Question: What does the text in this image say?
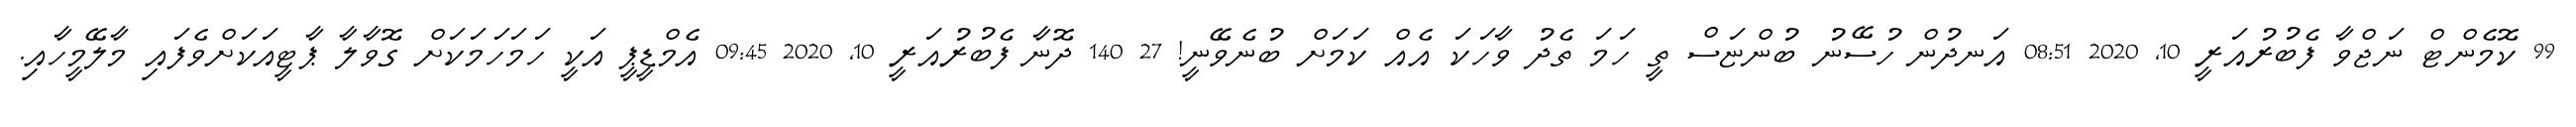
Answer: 99 ކޮމެންޓް ނަޖްވާ ފެބުރުއަރީ 10, 2020 08:51 އަނދުން ހުސޭނު ބުންޏަސް ތީ ހަމަ ތެދު ވާހަކަ އެއް ކަމަށް ބުނެވޭނީ! 27 140 ދޮނާ ފެބުރުއަރީ 10, 2020 09:45 އެމްޑީޕީ އަކީ ހަމަހަމަކަށް ގޮވާލާ ޕާޓީއަކަށްވެފައި މާލޭމީހާއި.